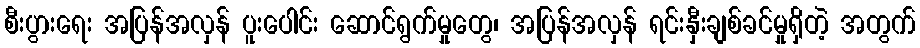
စီးပွားရေး အပြန်အလှန် ပူးပေါင်း ဆောင်ရွက်မှုတွေ၊ အပြန်အလှန် ရင်းနှီးချစ်ခင်မှုရှိတဲ့ အတွက်